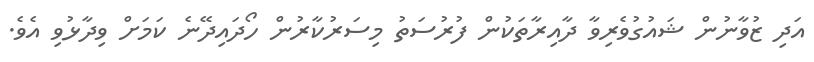
އަދި ޒުވާނުން ޝައުގުވެރިވާ ދާއިރާތަކުން ފުރުސަތު މިސަރުކާރުން ހޯދައިދޭނެ ކަމަށް ވިދާޅުވި އެވެ.